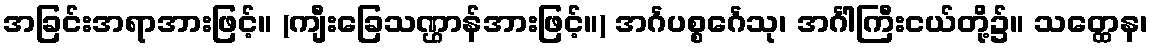
အခြင်းအရာအားဖြင့်။ (ကျီးခြေသဏ္ဌာန်အားဖြင့်။) အင်္ဂပစ္စင်္ဂေသု၊ အင်္ဂါကြီးငယ်တို့၌။ သတ္ထေန၊